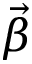
\vec { \beta }